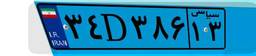
۳۴D۳۸۶۱۳